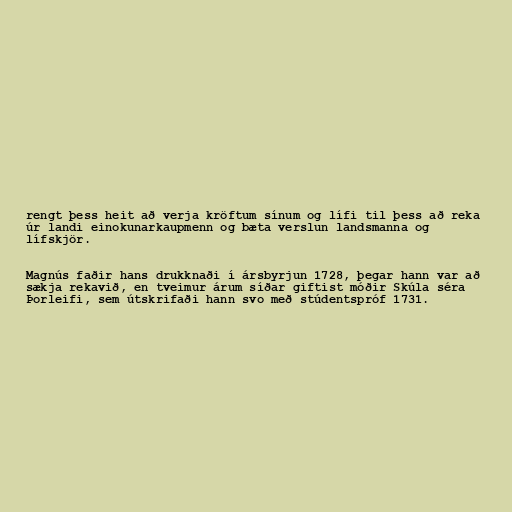
rengt þess heit að verja kröftum sínum og lífi til þess að reka
úr landi einokunarkaupmenn og bæta verslun landsmanna og
lífskjör.

Magnús faðir hans drukknaði í ársbyrjun 1728, þegar hann var að
sækja rekavið, en tveimur árum síðar giftist móðir Skúla séra
Þorleifi, sem útskrifaði hann svo með stúdentspróf 1731.